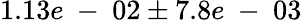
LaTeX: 1.13e\mathrm{~-~}02\pm 7.8e\mathrm{~-~}03